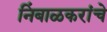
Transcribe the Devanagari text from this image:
निंबाळकरांचे